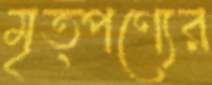
মৃত্পণ্যের